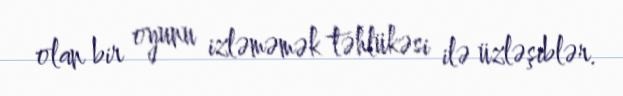
olan bir oyunu izləməmək təhlükəsi ilə üzləşiblər.